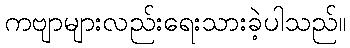
ကဗျာများလည်းရေးသားခဲ့ပါသည်။